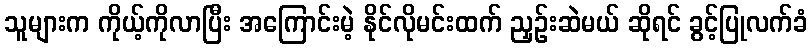
သူများက ကိုယ့်ကိုလာပြီး အကြောင်းမဲ့ နိုင်လိုမင်းထက် ညှဉ်းဆဲမယ် ဆိုရင် ခွင့်ပြုလက်ခံ